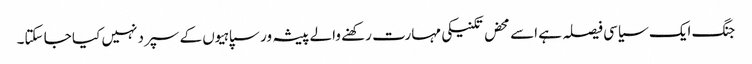
جنگ ایک سیاسی فیصلہ ہے اسے محض تکنیکی مہارت رکھنے والے پیشہ ور سپاہیوں کے سپرد نہیں کیا جا سکتا۔